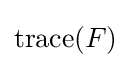
{\text{trace}}(F)